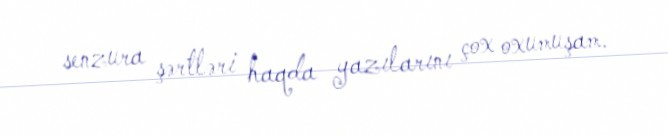
senzura şərtləri haqda yazılarını çox oxumuşam.